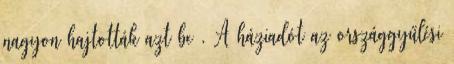
nagyon hajtották azt be . A háziadót az országgyűlési